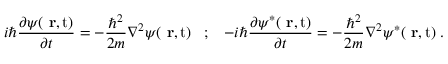
i \hbar \frac { \partial \psi ( \mathrm { { \bf ~ r } , t } ) } { \partial t } = - \frac { \hbar ^ { 2 } } { 2 m } \nabla ^ { 2 } \psi ( \mathrm { { \bf ~ r } , t } ) \; \; \; ; \; \; \; - i \hbar \frac { \partial \psi ^ { * } ( \mathrm { { \bf ~ r } , t } ) } { \partial t } = - \frac { \hbar ^ { 2 } } { 2 m } \nabla ^ { 2 } \psi ^ { * } ( \mathrm { { \bf ~ r } , t } ) \; .